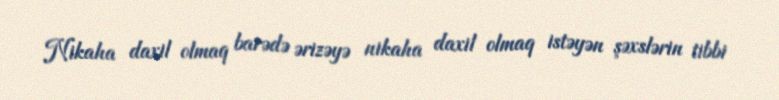
Nikaha daxil olmaq barədə ərizəyə nikaha daxil olmaq istəyən şəxslərin tibbi